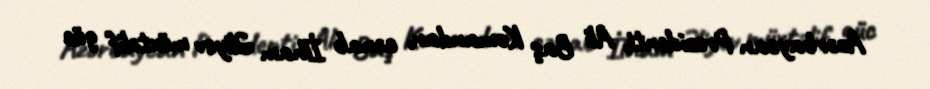
Azərbaycan Prezidenti, Ali Baş Komandan, cənab İlham Əliyev müxtəlif güc